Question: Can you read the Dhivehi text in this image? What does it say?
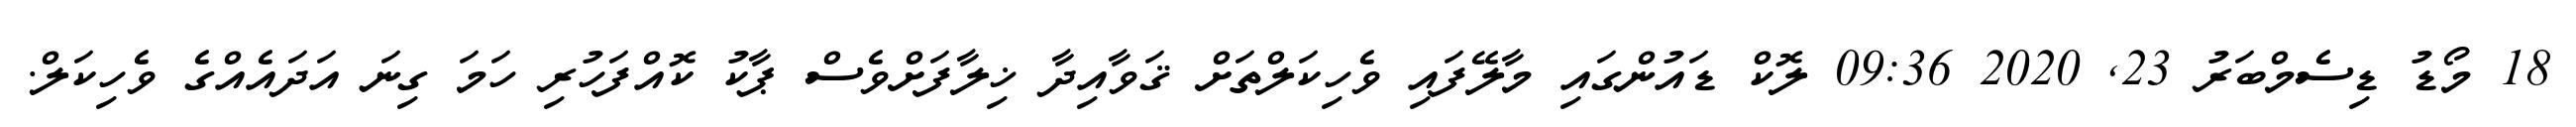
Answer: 18 މޯޑު ޑިސެމްބަރު 23, 2020 09:36 ލޮކް ޑައުންގައި މާލޭފައި ވެހިކަލްތަށް ޤަވާއިދާ ޚިލާފަށްވެސް ޕާކު ކޮއްފަހުރި ހަމަ ގިނަ އަދައެއްގެ ވެހިކަލް.